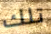
تلك